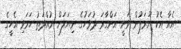
އެއާ އެކު ޔޫރަޕުން ވަނީ އަންގާރަ ދުވަހުގެ ނިޔަލަށް މުއްދަތު ހަމަވި އެހީގެ